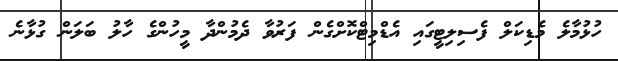
ހުޅުމާލެ މެޑިކަލް ފެސިލިޓީގައި އެޑްމިޓްކޮށްގެން ފަރުވާ ދެމުންދާ މީހުންގެ ހާލު ބަލަން ގުޅާނެ